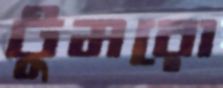
টুমরো